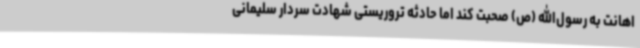
اهانت به رسول‌الله (ص) صحبت کند اما حادثه تروریستی شهادت سردار سلیمانی